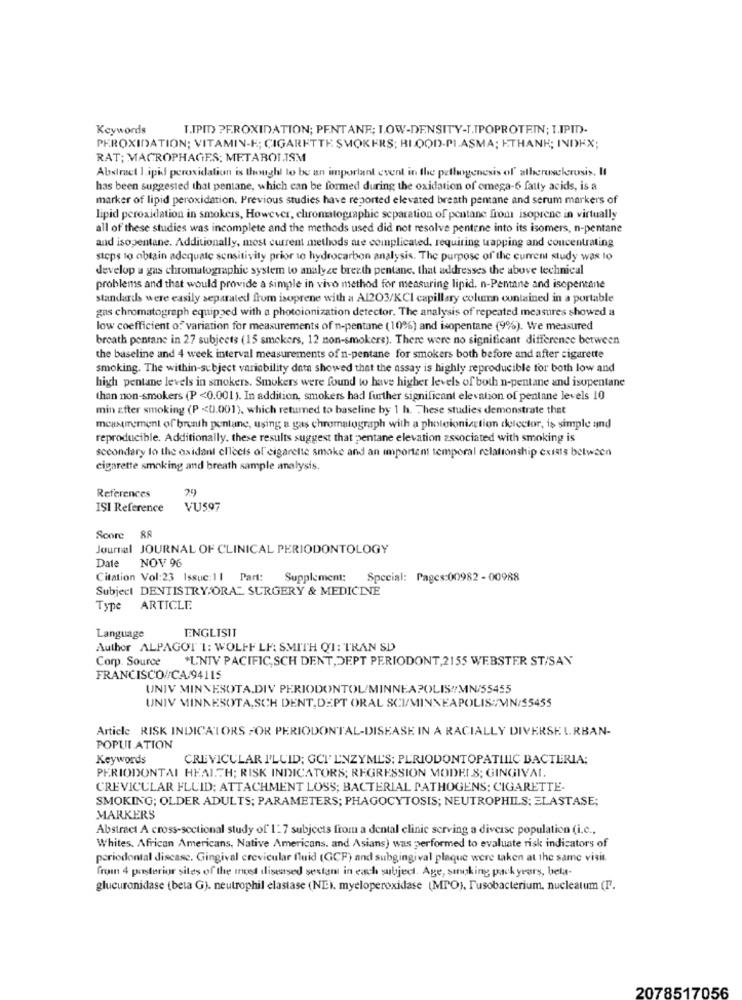
Keywords
I.IPID PEROXIDATION; PENTANE; LOW-DENSITY-T.IPOPROTEIN; T.IPMD.
PEROXIDATION; VITAMIN-E; CIGARETTE SMOKERS: BI OOD-PI.ASMA; KTHANK; INDEX;
RAT; MACROPHAGES; METABOLISM
Abstract 1 ipil peroxidation is thought to be an important event in the pathogenesis of atherosclerosis. Il
has been suggested that pentane, which can be formed during the oxidation of omega-6 fatty acids, is a
marker of lipid peroxidation. Previous studies have reported elevated breath pentane and serum markers of
lipid peroxidation in smokers, However, chromatographic separation of pentane from isoprene in virtually
all of these studies was incomplete and the methods used did not resolve pentene into its isomers, n-pentane
and isopentane. Additionally, most current methods me complicated, requiring tapping and concentrating
steps to obtain adequate sensitivity prior to hydrocarbon analysis. The purpose of the current study was to
develop a gas chromatographie system to analyze breath pentane, that addresses the above technical
problems and that would provide a simple in vivo method for measuring lipid. n-Pentane and isopentane
standards were easily separated from isoprene with a A1203/KCI capillary column contained in a portable
gas chromatograph equipped with a photoionization detector. The analysis of repeated measures showed a
low coefficient of" variation for measurements of n-pentane (10%) and isopentane (9%). We measured
breath pentane in 27 subjects (15 smokers, 12 non-smokers). There were no significant difference between
the baseline and 4 week interval measurements of n-pentane for smokers both before and after cigarette
smoking. The within-subject variability data showed that the assay is highly reproducible for both low and
high pentane levels in smokers. Smokers were found to have higher levels of both n-pentane and isopentane
than non-smokers (P <0.001). In addition, smokers had further significant elevation of pentane levels 10
min after smoking (P << 0.001), which returned to baseline by 1 h. These studies demonstrate that
measurement of breath pentane, using a gas chromatograph with a photoionization delector, is simple and
reproducible. Additionally, these results suggest that pentane elevation associated with smoking is
secondary lo the oxidant ellects of cigarette smoke and an important temporal relationship exists between
cigarette smoking and breath sample analysis.
References
ISI Reference
VU597
Score 88
Journal JOURNAL OF CLINICAL PERIODONTOLOGY
Date NOV 96
Citation Vol:23 Issue:11 Part:
Supplement: Special: Pages:00982 - 00988
Subject DENTISTRY ORAL SURGERY & MEDICINE
Type
ARTICLE
ENGLISIT
Language
Author ALPAGOT 1: WOLFF LF: SMITH QI: TRAN SD
Corp. Source *U'NTV PACIFIC, SCH DENT,DEPT PERIODONT, 2155 WEBSTER ST/SAN
FRANCISCO//CA/94115
UNIV MINNESOTA.DIV PERIODONTOL/MINNEAPOLIS//MN/55455
UNIV MINNESOTA,SCH DENT,DEPT ORAL SCI/MINNEAPOLIS:/MIN/$5455
Article RISK INDICATORS FOR PERIODONTAL-DISEASE IN A RACIALLY DIVERSEURBAN-
POPULATION
Keywords
CREVICULAR I'LUID; GCF ENZYME'S: PERIODONTOPATHIC BACTERIA;
PERIODONTAL HEALTH; RISK INDICATORS; REGRESSION MODELS; GINGIVAL.
CREVICULAR FLUID; ATTACHMENT LOSS; BACTERIAL PATHOGENS; CIGARETTE-
SMOKING; OLDER ADULTS; PARAMETERS; PHAGOCYTOSIS; NEUTROPHILS: ELASTASE;
MARKERS
Abstract A cross-sectional study of' 1:7 subjects from a dental clinic serving a diverse population (i.c .,
Whites. African Americans, Native Americans. and Asians) was performed to evaluate risk indicators of
periodontal discase. Gingival crevicular fluid (GCF) and subgingival plaque were taken at the same visit.
from 4 perderior sites of the med diseased sestam in each subject. Age, sinking pack years, bela-
glucuronidase (bela G). neutrophil elastase (NE). myeloperoxidase (MPO), Fusobacterium. nucleatum (I.
2078517056